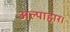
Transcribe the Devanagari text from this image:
अल्पाहार।